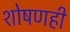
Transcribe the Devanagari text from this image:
शोषणही